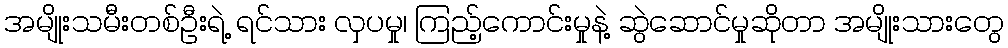
အမျိုးသမီးတစ်ဦးရဲ့ ရင်သား လှပမှု၊ ကြည့်ကောင်းမှုနဲ့ ဆွဲဆောင်မှုဆိုတာ အမျိုးသားတွေ